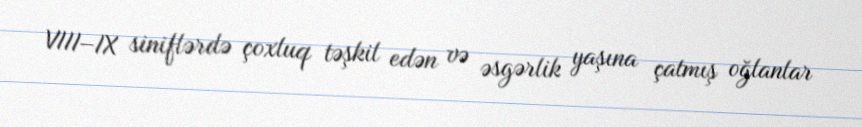
VIII–IX siniflərdə çoxluq təşkil edən və əsgərlik yaşına çatmış oğlanlar